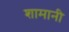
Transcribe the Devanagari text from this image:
शामानी